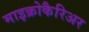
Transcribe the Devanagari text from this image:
माइक्रोकैरिअर